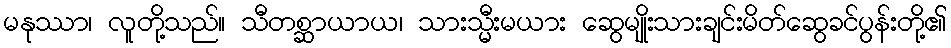
မနုဿာ၊ လူတို့သည်။ သီတစ္ဆာယာယ၊ သားသ္မီးမယား ဆွေမျိုးသားချင်းမိတ်ဆွေခင်ပွန်းတို့၏